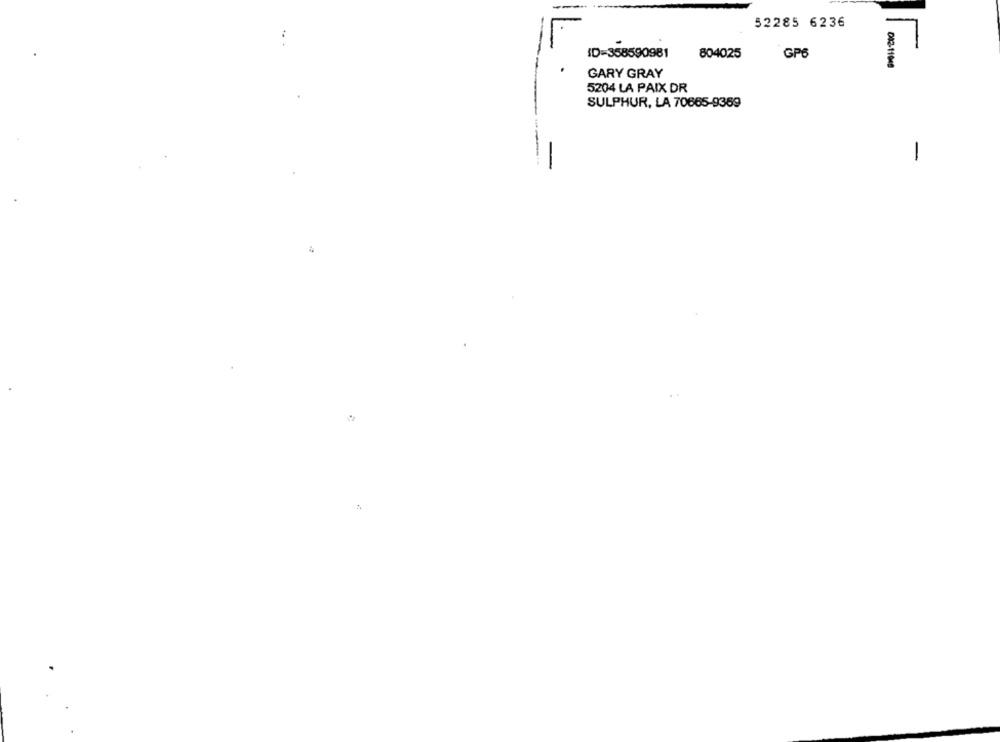
52285 6236
ID=358590981
804025
GP6
002-11048
GARY GRAY
5204 LA PAIX DR
SULPHUR, LA 70665-9369
1